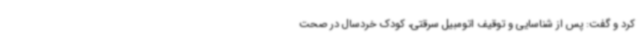
کرد و گفت: پس از شناسایی و توقیف اتومبیل سرقتی، کودک خردسال در صحت